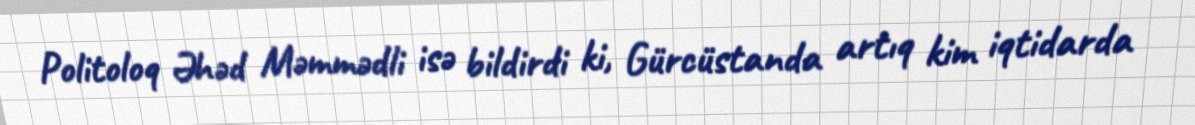
Politoloq Əhəd Məmmədli isə bildirdi ki, Gürcüstanda artıq kim iqtidarda